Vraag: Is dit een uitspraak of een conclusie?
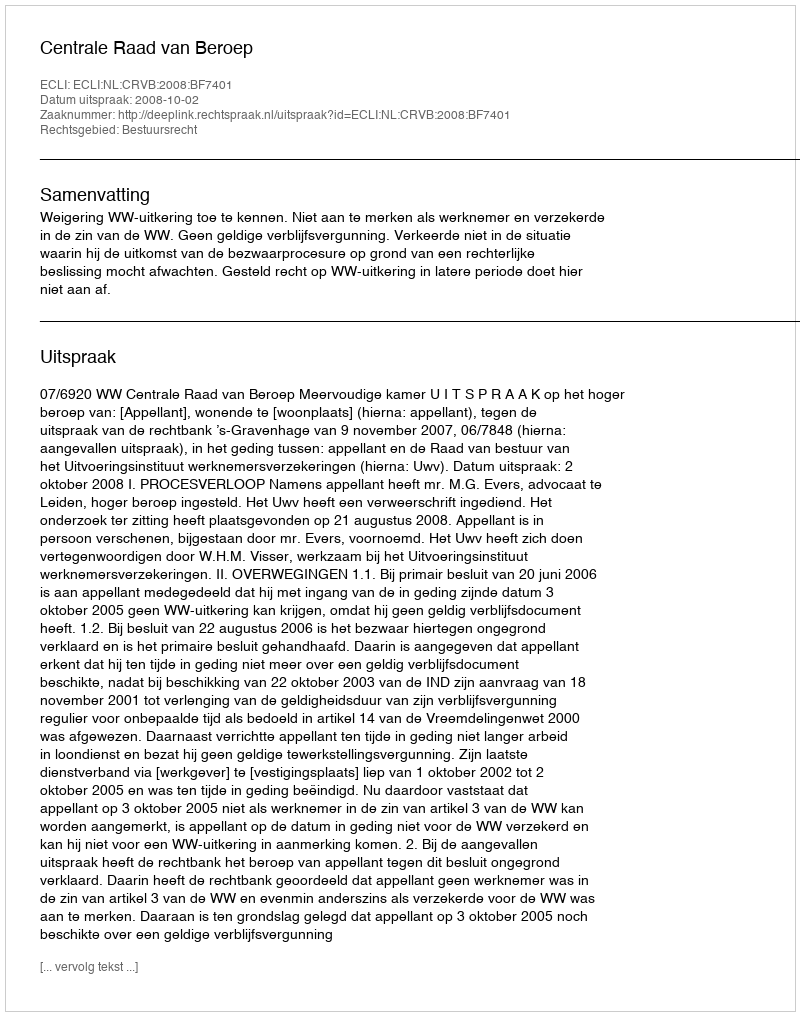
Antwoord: Uitspraak